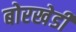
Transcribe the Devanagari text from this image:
बोरखेडी